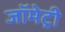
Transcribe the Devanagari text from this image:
जॉमेट्री